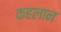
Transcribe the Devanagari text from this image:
कहलान